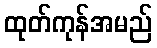
ထုတ်ကုန်အမည်